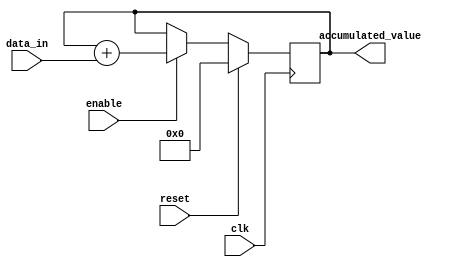
module accumulator(
  input wire clk,
  input wire reset,
  input wire enable,
  input wire [7:0] data_in,
  output wire [15:0] accumulated_value
);

reg [15:0] accumulated_value_reg;

always @(posedge clk) begin
  if (reset) begin
    accumulated_value_reg <= 16'b0;
  end else if (enable) begin
    accumulated_value_reg <= accumulated_value_reg + data_in;
  end
end

assign accumulated_value = accumulated_value_reg;

endmodule